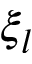
\xi _ { l }